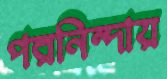
পরনিন্দায়